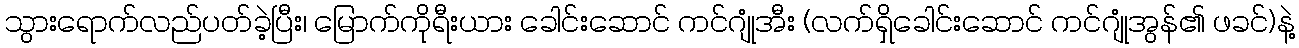
သွားရောက်လည်ပတ်ခဲ့ပြီး၊ မြောက်ကိုရီးယား ခေါင်းဆောင် ကင်ဂျုံအီး (လက်ရှိခေါင်းဆောင် ကင်ဂျုံအွန်၏ ဖခင်)နဲ့